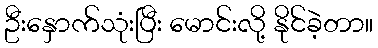
ဦးနှောက်သုံးပြီး မောင်းလို့ နိုင်ခဲ့တာ။